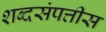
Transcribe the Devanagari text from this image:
शब्दसंपत्तीस